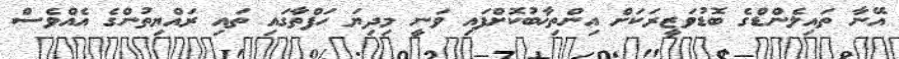
އޭނާ ތައިލެންޑްގެ ބޮޑުވަޒީރަކަށް އިންތިޚާބުކޮށްފައި ވަނީ މިދިޔަ ހަފްތާގައި ތައި ރައްޔިތުންގެ އެއްވެސް